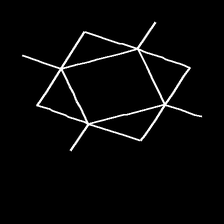
Glyph: light